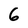
Character: 6